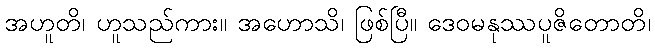
အဟူတိ၊ ဟူသည်ကား။ အဟောသိ၊ ဖြစ်ပြီ။ ဒေဝမနုဿပူဇိတောတိ၊